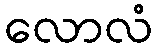
လောလံ